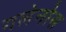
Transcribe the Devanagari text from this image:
गलेनोस